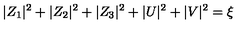
| Z _ { 1 } | ^ { 2 } + | Z _ { 2 } | ^ { 2 } + | Z _ { 3 } | ^ { 2 } + | U | ^ { 2 } + | V | ^ { 2 } = \xi